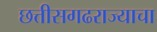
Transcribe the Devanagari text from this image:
छत्तीसगढराज्याचा